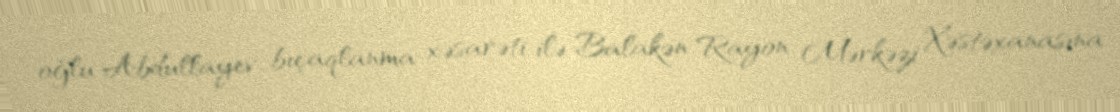
oğlu Abdullayev bıçaqlanma xəsarəti ilə Balakən Rayon Mərkəzi Xəstəxanasına